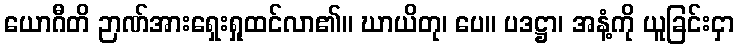
ယောဂီတိ ဉာဏ်အားရှေးရှုထင်လာ၏။ ဃာယိတု၊ ပေ။ ပဒဋ္ဌာ၊ အနံ့ကို ယူခြင်းငှာ